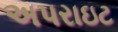
અપરાઇટ